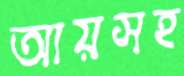
আয়সহ